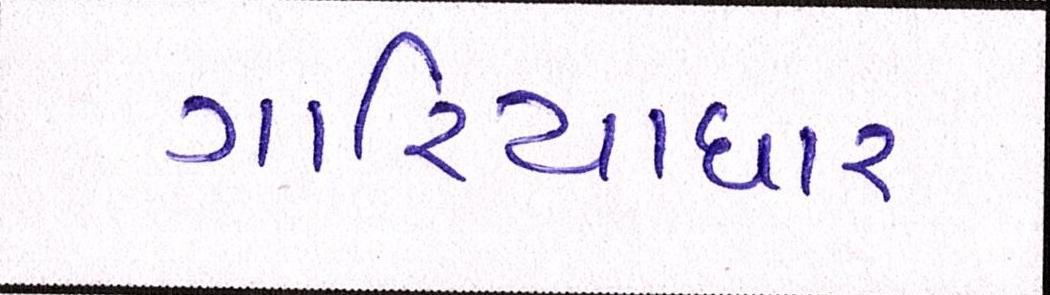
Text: ગારિયાધાર